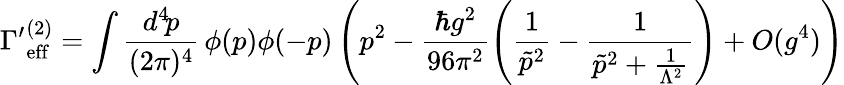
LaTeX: {\Gamma^{\prime}}_{\mathrm{eff}}^{{(2)}}=\int\frac{d^{4}\! p}{(2\pi)^{4}}\, \phi(p)\phi(-p)\left(p^{2}-\frac{\hbar g^{2}}{96\pi^{2}}\left(\frac{1}{\tilde{p}^{2}}-\frac{1}{\tilde{p}^{2}+\frac{1}{\Lambda^{2}}}\right)+O(g^{4})\right)